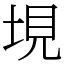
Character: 垷